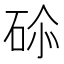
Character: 𥒨